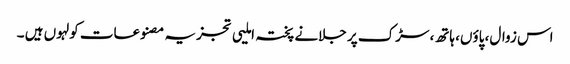
اس زوال، پاؤں، ہاتھ، سڑک پر جلانے پختہ املیی تجزیہ مصنوعات کولہوں ہیں ۔